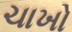
ચાખો